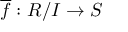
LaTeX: { \overline { { f } } } : R / I \to S